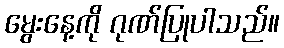
မွေးနေ့ကို ဂုဏ်ပြုပါသည်။